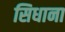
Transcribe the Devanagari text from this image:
सिधाना